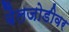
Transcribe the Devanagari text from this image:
बैलजोडीवर